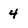
Character: 4